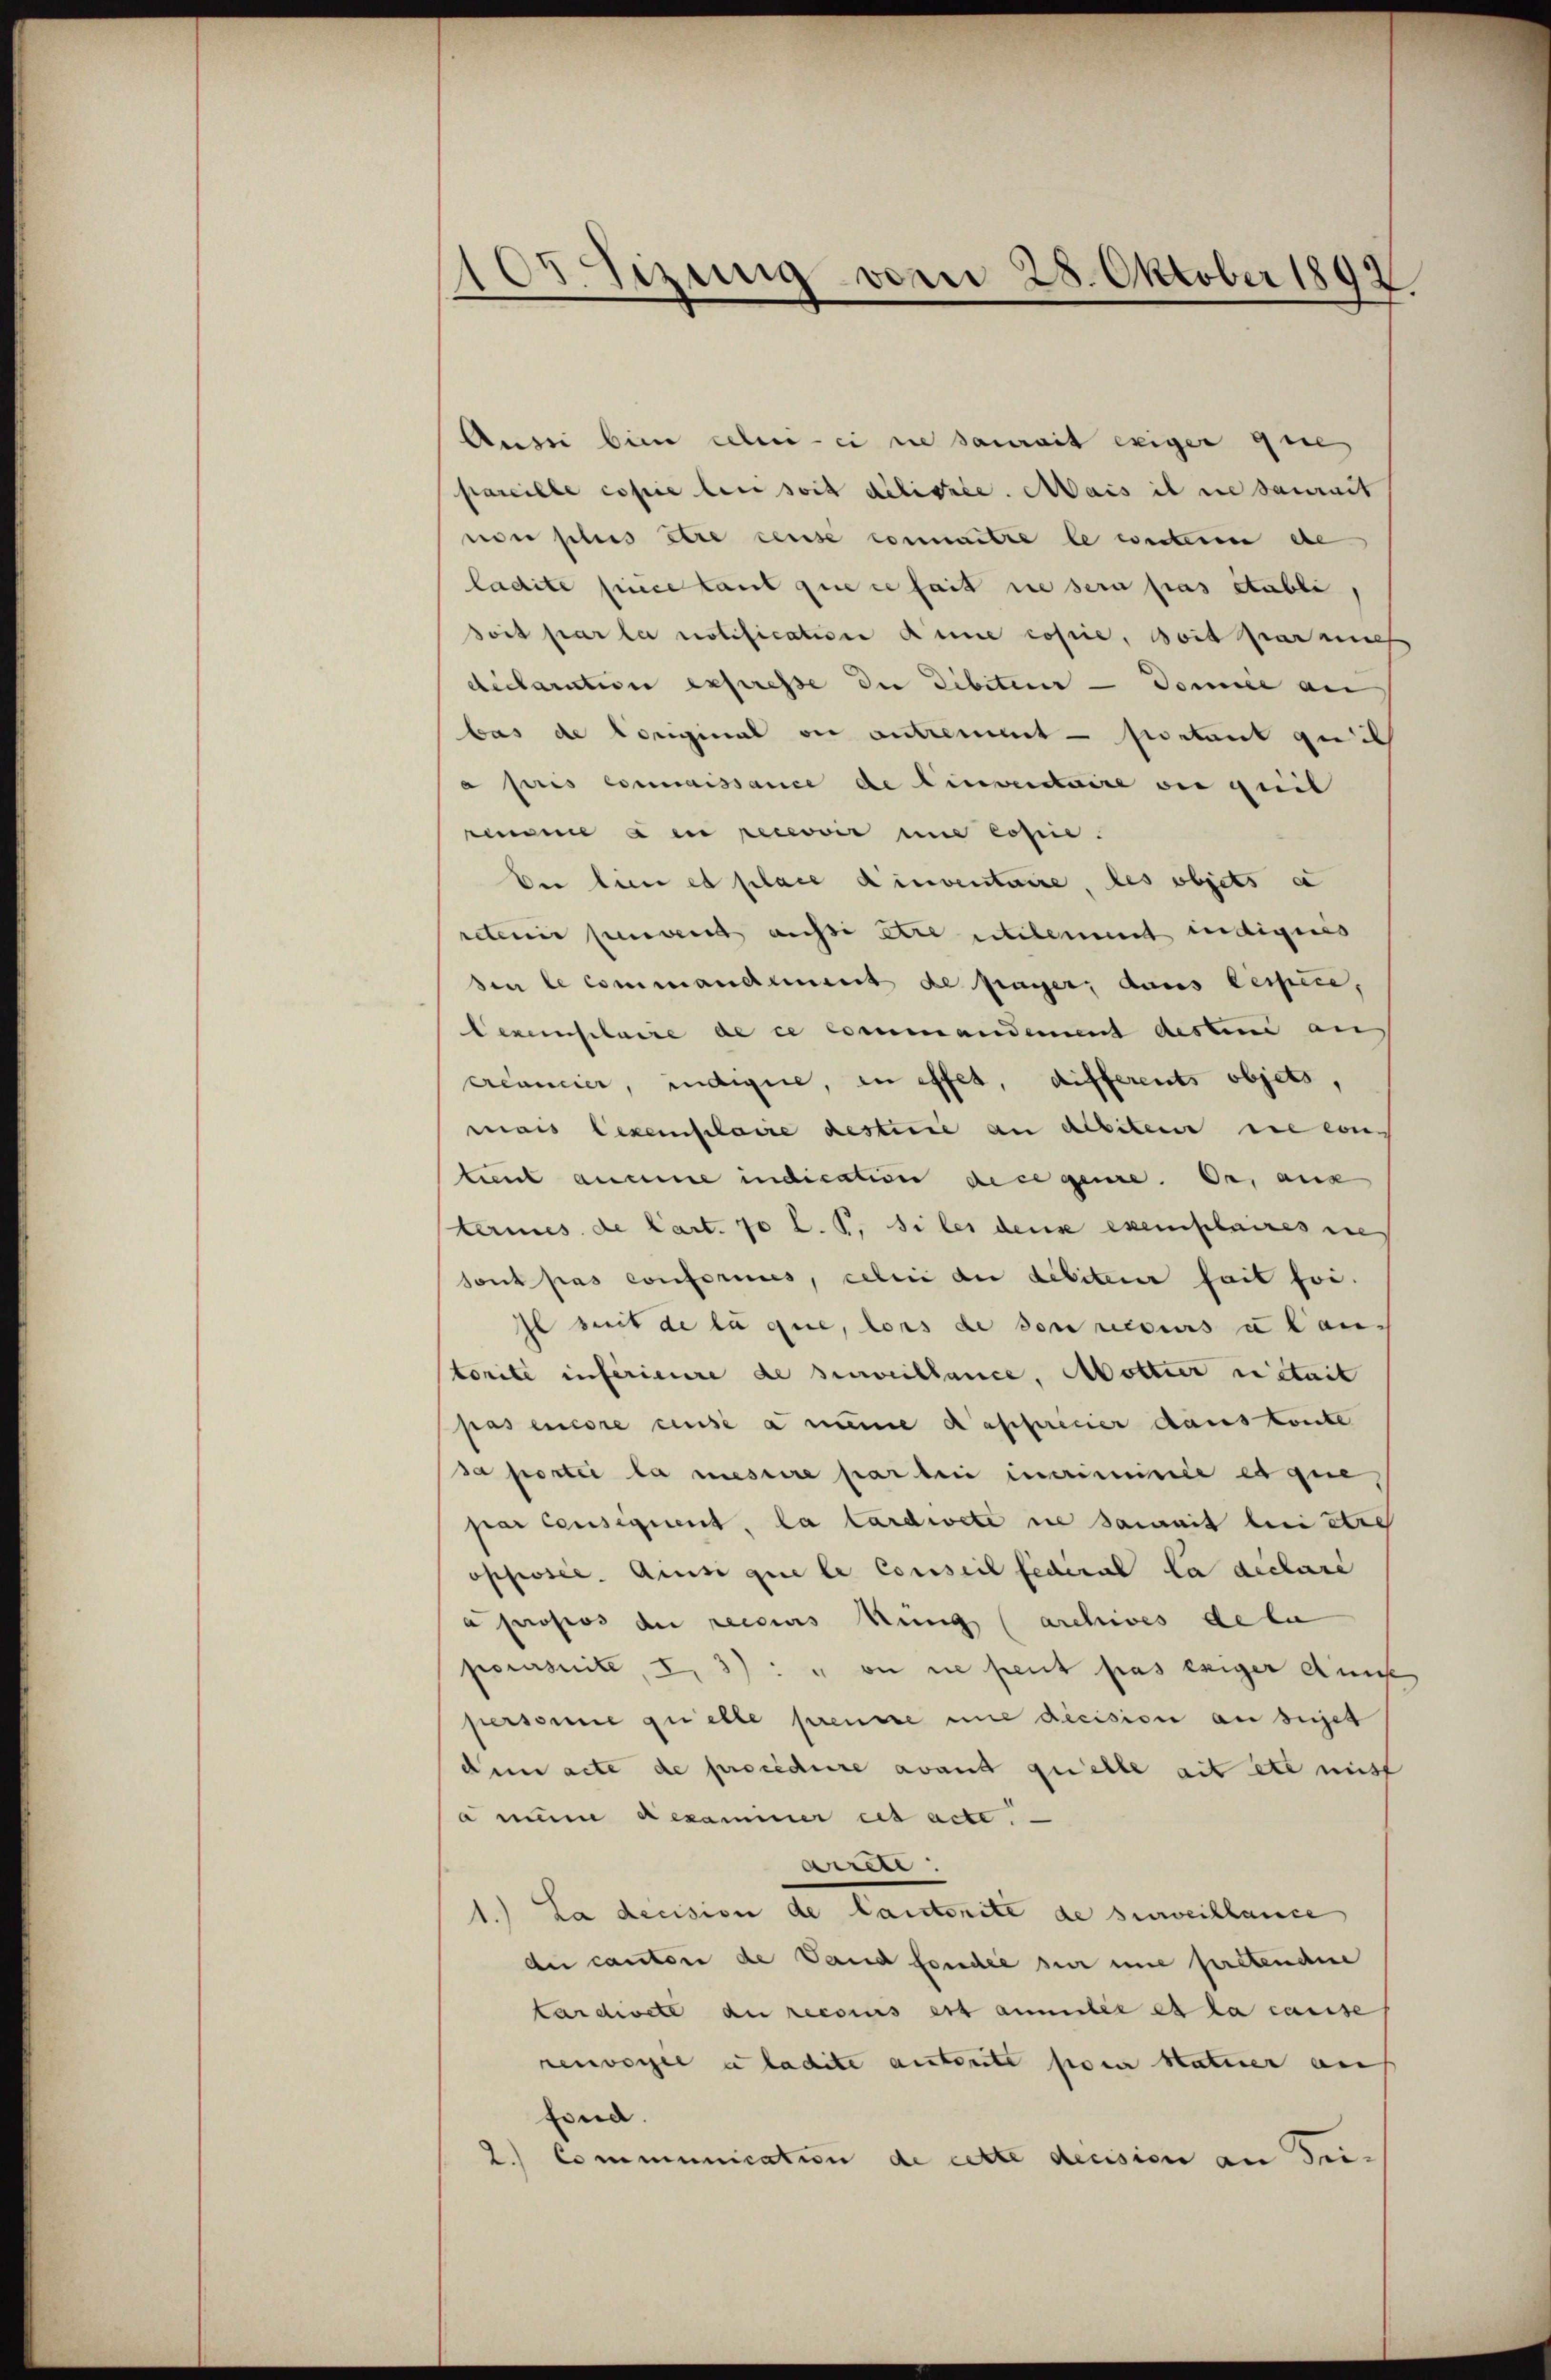
10 sizung vom 28. Oktober 1892
—

Aussi bin celui-ci sie saurait exiger que
pareille copie bei soit delichte. Mais il ne saurit
non plus être censée connaitre le conterm de
ladite piece laut que cesait die sera pas établi,
doit par le notification anne cosie, doit par eines
declaration expresse die Dibiteur  Domie an
bas de Coriginal in antremet — sistant qui
a pris connaissance de linventaire ou quil
rimme a en percović und cosie.
Der Eine et place d’inventaire, les objets a
reterier penweis aussi être utilement indignis
den le commandament de frager, dans lespice,
Dexemplare de ce commandement desten au
créancier, indignie, in effet, differents objets,
mais lexemplare desterie an debiteur die von
tient aucune indication de ce gene. Er, aus
lermes de Cart. 70 l. J. Siles dens exemplaires sie
sont pas conformes, celui der debiteur fait foi.
Il seit de la que, lors de son resers u lan
torité inférieure de surveillance, Mottier istait
pas encore cause a meine Kassaricier dans könte
sa portei la messire par bei incrimicile et que
par censiguent, la tardwete in damit bei stre
opposée. Amisi que le Conseil fédéral la déclare
a propos der recours Ring (archives de lu
poursuite, I 3): on ne peut pas exiger Ausse
persone quelle preusse nie decision an beset
dum acte de procedure avant quelle ait etc nicht
a nun Aexaminer es acte.
arrete
La decision de laisterite de surveillance
de cantore de Vand fonder zier une peretendene
tardicte au recours est anmeler es la cause
renvorgel u ladite autorite pour Naturer an
nd.
2.) Communication de cette decision an Tu¬